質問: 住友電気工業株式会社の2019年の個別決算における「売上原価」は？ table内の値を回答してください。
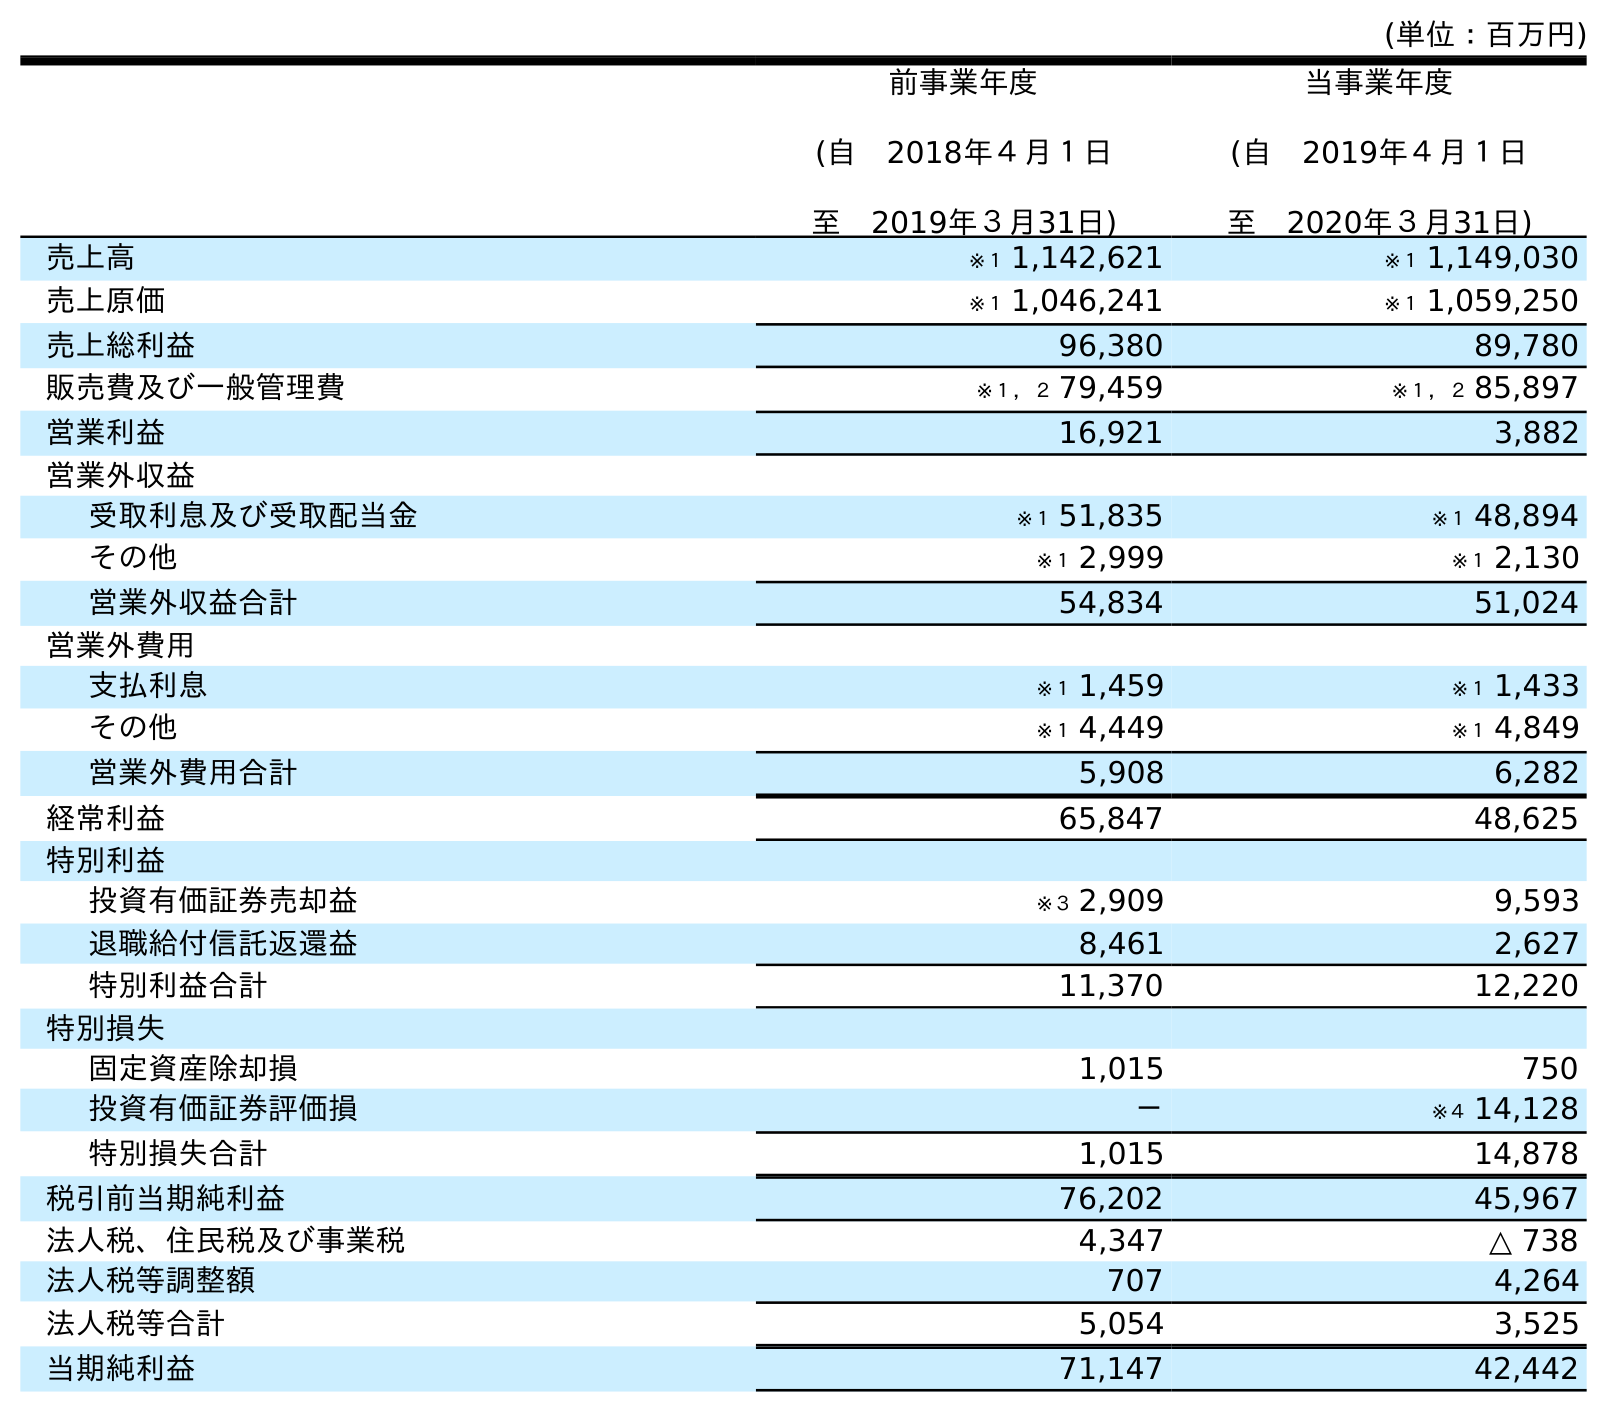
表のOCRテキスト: (単位：百万円) 前事業年度 (自 2018年４月１日 至 2019年３月31日) 当事業年度 (自 2019年４月１日 至 2020年３月31日) 売上高 ※１ 1,142,621 ※１ 1,149,030 売上原価 ※１ 1,046,241 ※１ 1,059,250 売上総利益 96,380 89,780 販売費及び一般管理費 ※１，２ 79,459 ※１，２ 85,897 営業利益 16,921 3,882 営業外収益 受取利息及び受取配当金 ※１ 51,835 ※１ 48,894 その他 ※１ 2,999 ※１ 2,130 営業外収益合計 54,834 51,024 営業外費用 支払利息 ※１ 1,459 ※１ 1,433 その他 ※１ 4,449 ※１ 4,849 営業外費用合計 5,908 6,282 経常利益 65,847 48,625 特別利益 投資有価証券売却益 ※３ 2,909 9,593 退職給付信託返還益 8,461 2,627 特別利益合計 11,370 12,220 特別損失 固定資産除却損 1,015 750 投資有価証券評価損 － ※４ 14,128 特別損失合計 1,015 14,878 税引前当期純利益 76,202 45,967 法人税、住民税及び事業税 4,347 △ 738 法人税等調整額 707 4,264 法人税等合計 5,054 3,525 当期純利益 71,147 42,442
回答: ※１1,046,241